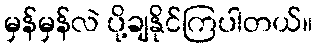
မှန်မှန်လဲ ပို့ချနိုင်ကြပါတယ်။